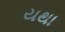
યથા